Annual report on the working of the Harcourt Butler Institute of Public Health, Rangoon
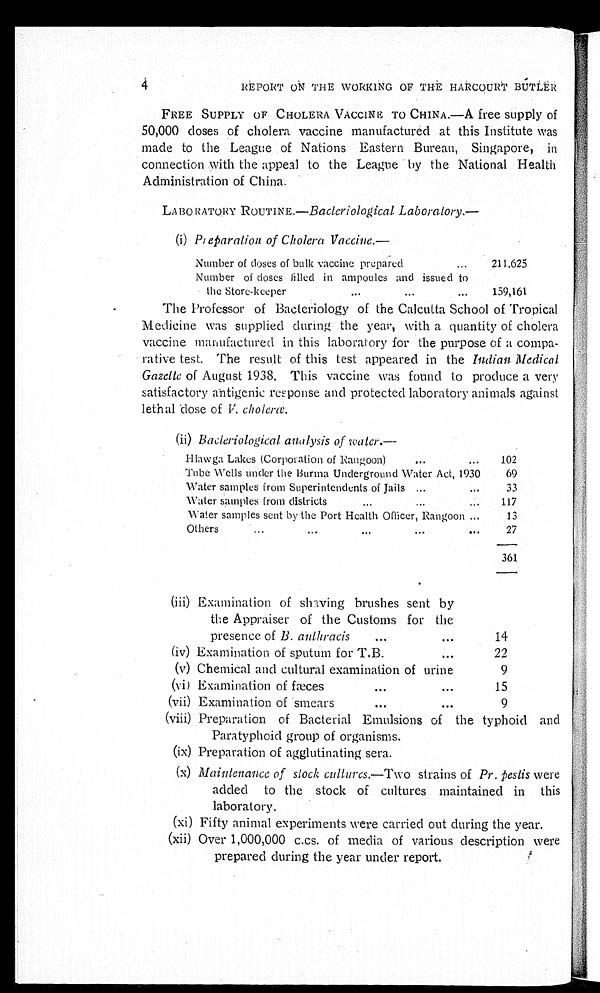
4
REPORT ON THE WORKING OF THE HARCOURT BUTLER
FREE SUPPLY OF CHOLERA VACCINE TO CHINA.—A free supply of
50,000 doses of cholera vaccine manufactured at this Institute was
made to the League of Nations Eastern Bureau, Singapore, in
connection with the appeal to the League by the National Health
Administration of China.
LABORATORY ROUTINE.—Bacleriological Laboratory—
(i) Pieparalion of Cholera Vaccine.—
Number of doses of bulk vaccine prepared
211,625
Number of doses filled in ampoules and issued to
the Store-keeper
159,161
The Professor of Bacteriology of the Calcutta School of Tropical
Medicine was supplied during the year, with a quantity of cholera
vaccine manufactured in this laboratory for the purpose of a compa-
rative test. The result of this test appeared in the Indian Medical
Gazelte of August 1938. This vaccine was found to produce a very
satisfactory antigenic response and protected laboratory animals against
lethal dose of V. cholera.
(ii) Bacteriological analysis of water.—
Hlawga Lakes (Corporation of Rangoon)
102
Tube Wells under the Burma Underground Water Act, 1930
69
Water samples from Superintendents of Jails
33
Water samples from districts
117
Water samples sent by the Port Health Officer, Rangoon
13
Others
27
361
(iii) Examination of shaving brushes sent by
the Appraiser of the Customs for the
presence of B. anthracis
14
(iv) Examination of sputum for T.B.
22
(v) Chemical and cultural examination of urine
9
(vi) Examination of fæces
15
(vii) Examination of smears
9
(viii) Preparation of Bacterial Emulsions of the typhoid and
Paratyphoid group of organisms.
(ix) Preparation of agglutinating sera.
(x) Maintenance of stock cultures.—Two strains of Pr. pestis were
added to the stock of cultures maintained in this
laboratory.
(xi) Fifty animal experiments were carried out during the year.
(xii) Over 1,000,000 c.cs. of media of various description were
prepared during the year under report.